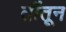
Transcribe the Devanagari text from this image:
तींतून